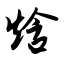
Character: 焓